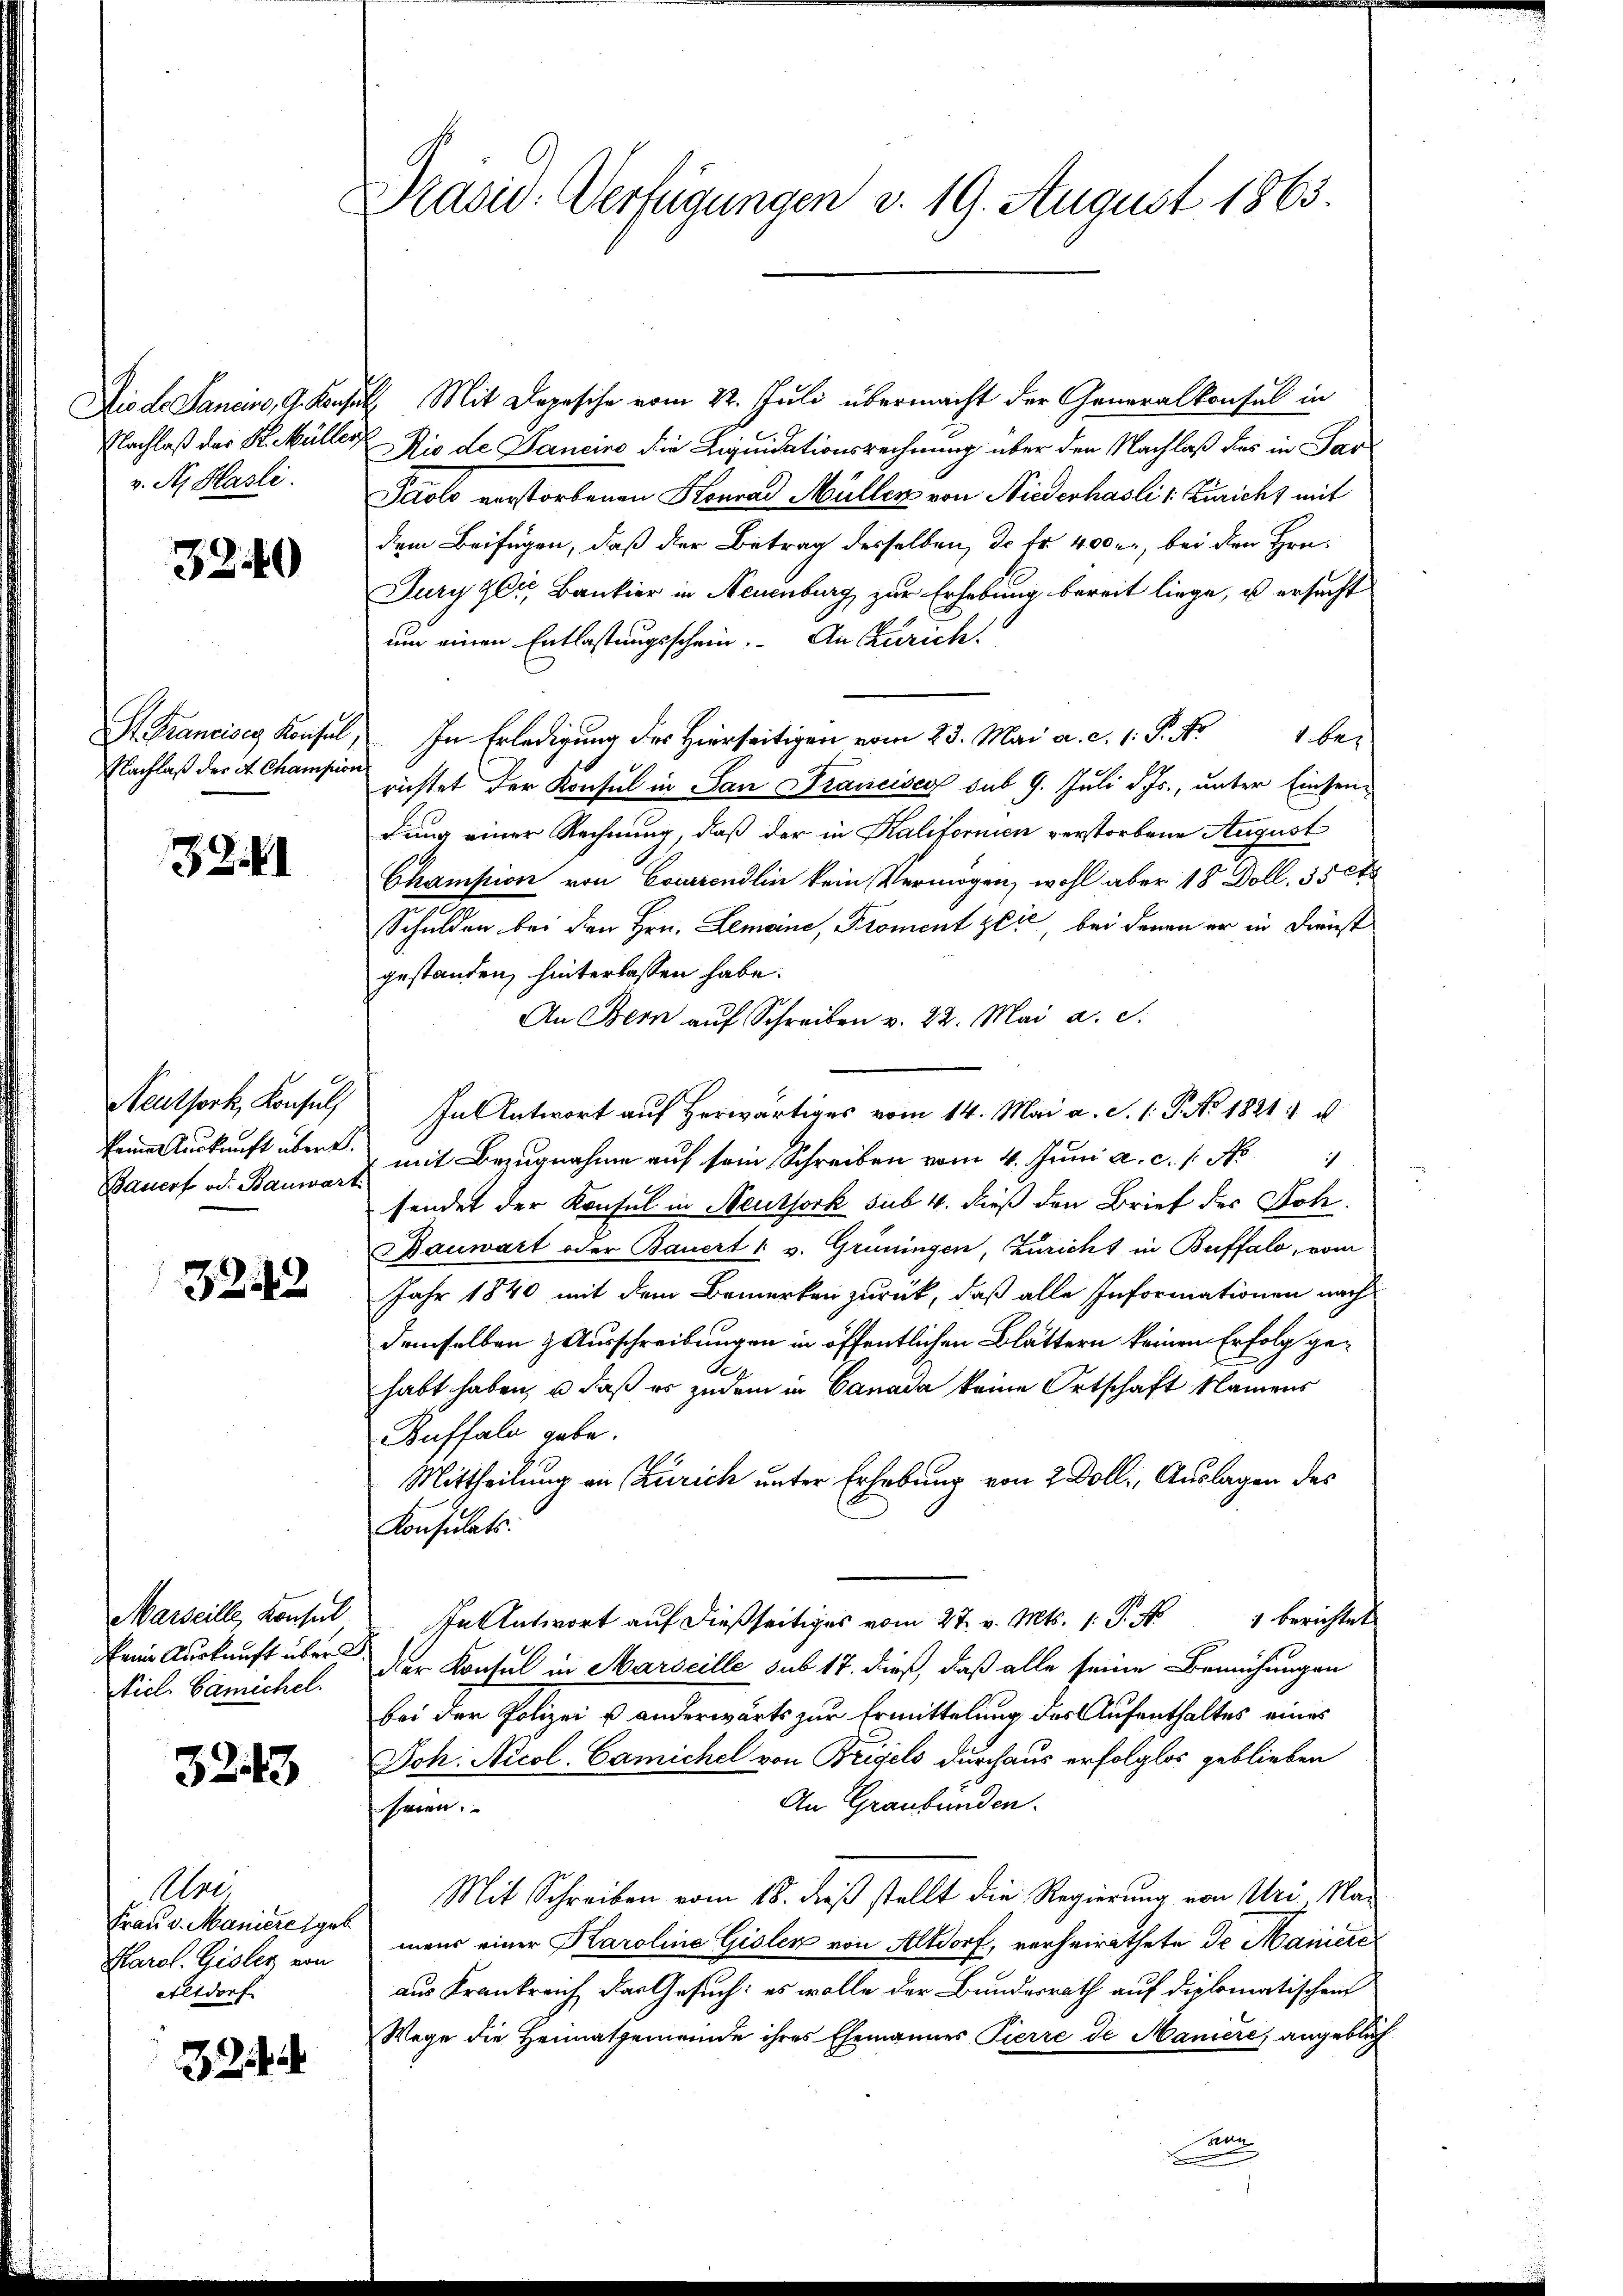
Die de Sancino, G. Kanzen
Nachlaß der St. Müller
v. R. Hasli.

3240

S. Tranciser Konsul,
Nachlaß der et Champion

33

Neuthork, Konsul
keine Auskunft über.
Bauert od. Bauwart

3243

Marseille Konsul
keine Auskunft über d
Nicl. Cämichel.

3243

Alre
Frau v. Maniere geb.
Karol. Gisler von
Altdorf

32

Präsid. Verfügungen d. 19. August 1863.

Mit Dojesche vom 22. Juli übermacht der Generalkonsul in
Rio de Janeiro die Liquidationsrechnung über den Nachlaß das in Par
Paolo verstorbenen Honrad Müller von Niederhasli v. Züricht mit
dem Beifügen, daß der Betrag desselben, d. fr. 4000., bei den Hrn.
Jury gl. Bankier in Neuenburg zur Erhebung bereit liege, u ersucht
um einen Entlastungsschein. An Zürich.
In Erledigung des Hierseitigen vom 23. Mai a. c. 1. P. Nr. 1 be-
richtet der Konsul in San Francisco sub 9. Juli d. Js., unter Einsendung einer Rechnung, daß der in Kalifornien verstorbene August
Chamption von Courendlin kein Vermögen, wohl aber 18 Doll. 35 0
Schulden bei den Hrn. Lemane, Proment zeit, bei denen er in Dienst
gestanden, hinterlassen habe.
An Bern aŭf Schreiben v. 22. Mai a. c.
In Antwort auf herwärtiges vom 14. Mai a. S. 1: P. No. 1821 u
mit Bezugnahme auf sein Schreiben vom 4. Juni a. c. 1. No
sendet der Konsul in Neuthork sub. 4. dieß den Brief der Soh
auwart oder Bauert u v. Grüningen, Züricht in Buffalo, vom
Jahr 1840 mit dem Bemerken zurück, daß alle Informationen nach
demselben & Ausschreibungen in öffentlichen Blättern keinem Erfolg gen
habt haben, u. daß es zudem in Canada keine Ortschaft Namens
Buffalo gebe.
Mittheilung an Zürich unter Erhebung von 2 Doll, Auslagen des
Konsulats.
In Antwort auf dießseitiges vom 27. v. Mts. 1. P. Nr. 1 berichtet
Der Konsul in Marseille sub 17. dieß, daß alle seine Bemühungen
bei der Polizei & anderwärts zur Ermittelung des Aufenthaltes eines
Joh: Nicol. Camichel von Bregels durchaus erfolglos geblieben
An Graubünden.
seien.
Mit Schreiben vom 18. dieß stellt die Regierung von Uri Na-
mans einer Karoline Gisler von Altdorf, verheirathete de Mainiere
aus Krankreich das Gesuch: es wolle der Bundesrath auf diplomatischen
Wege die Heimatgemeinde ihres Ehemannes Pierre de Maniere angeblich
n